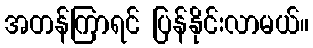
အတန်ကြာရင် ပြန်နိုင်းလာမယ်။